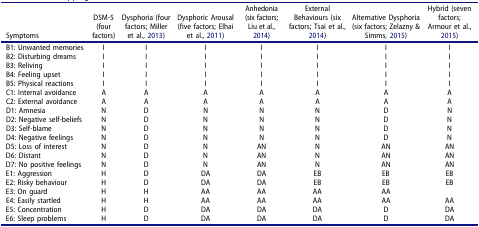
<table><thead><tr><td><b>Symptoms</b></td><td><b>DSM-5 (four factors)</b></td><td><b>Dysphoria (four factors; Miller et al., 2013)</b></td><td><b>Dysphoric Arousal (five factors; Elhai et al., 2011)</b></td><td><b>Anhedonia (six factors; Liu et al., 2014)</b></td><td><b>External Behaviours (six factors; Tsai et al., 2014)</b></td><td><b>Alternative Dysphoria (six factors; Zelazny &amp; Simms, 2015)</b></td><td><b>Hybrid (seven factors; Armour et al., 2015)</b></td></tr></thead><tbody><tr><td>B1: Unwanted memories</td><td>I</td><td>I</td><td>I</td><td>I</td><td>I</td><td>I</td><td>I</td></tr><tr><td>B2: Disturbing dreams</td><td>I</td><td>I</td><td>I</td><td>I</td><td>I</td><td>I</td><td>I</td></tr><tr><td>B3: Reliving</td><td>I</td><td>I</td><td>I</td><td>I</td><td>I</td><td>I</td><td>I</td></tr><tr><td>B4: Feeling upset</td><td>I</td><td>I</td><td>I</td><td>I</td><td>I</td><td>I</td><td>I</td></tr><tr><td>B5: Physical reactions</td><td>I</td><td>I</td><td>I</td><td>I</td><td>I</td><td>I</td><td>I</td></tr><tr><td>C1: Internal avoidance</td><td>A</td><td>A</td><td>A</td><td>A</td><td>A</td><td>A</td><td>A</td></tr><tr><td>C2: External avoidance</td><td>A</td><td>A</td><td>A</td><td>A</td><td>A</td><td>A</td><td>A</td></tr><tr><td>D1: Amnesia</td><td>N</td><td>D</td><td>N</td><td>N</td><td>N</td><td>D</td><td>N</td></tr><tr><td>D2: Negative self-beliefs</td><td>N</td><td>D</td><td>N</td><td>N</td><td>N</td><td>D</td><td>N</td></tr><tr><td>D3: Self-blame</td><td>N</td><td>D</td><td>N</td><td>N</td><td>N</td><td>D</td><td>N</td></tr><tr><td>D4: Negative feelings</td><td>N</td><td>D</td><td>N</td><td>N</td><td>N</td><td>D</td><td>N</td></tr><tr><td>D5: Loss of interest</td><td>N</td><td>D</td><td>N</td><td>AN</td><td>N</td><td>AN</td><td>AN</td></tr><tr><td>D6: Distant</td><td>N</td><td>D</td><td>N</td><td>AN</td><td>N</td><td>AN</td><td>AN</td></tr><tr><td>D7: No positive feelings</td><td>N</td><td>D</td><td>N</td><td>AN</td><td>N</td><td>AN</td><td>AN</td></tr><tr><td>E1: Aggression</td><td>H</td><td>D</td><td>DA</td><td>DA</td><td>EB</td><td>EB</td><td>EB</td></tr><tr><td>E2: Risky behaviour</td><td>H</td><td>D</td><td>DA</td><td>DA</td><td>EB</td><td>EB</td><td>EB</td></tr><tr><td>E3: On guard</td><td>H</td><td>H</td><td>AA</td><td>AA</td><td>AA</td><td>AA</td><td> </td></tr><tr><td>E4: Easily startled</td><td>H</td><td>H</td><td>AA</td><td>AA</td><td>AA</td><td>AA</td><td>AA</td></tr><tr><td>E5: Concentration</td><td>H</td><td>D</td><td>DA</td><td>DA</td><td>DA</td><td>D</td><td>DA</td></tr><tr><td>E6: Sleep problems</td><td>H</td><td>D</td><td>DA</td><td>DA</td><td>DA</td><td>D</td><td>DA</td></tr></tbody></table>